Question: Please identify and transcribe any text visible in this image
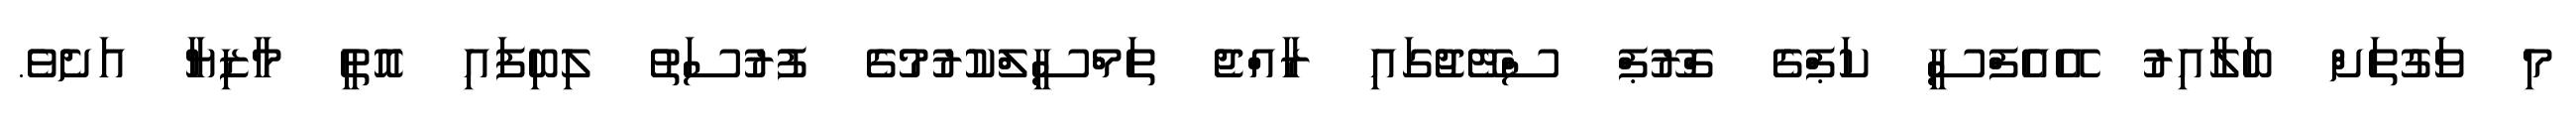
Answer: މި ވަގުތަށް ބަލާއިރު އޭއެފްސީ ކަޕްގެ ގްރޫޕް ސްޓޭޖުގައި ރާއްޖެ ތަމްސީލްކުރުމުގެ ފުރުސަތު ލިބިފައި އޮތީ މާޒިޔާ އަށެވެ.